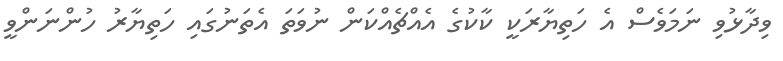
ވިދާޅުވި ނަމަވެސް އެ ހަތިޔާރަކީ ކާކުގެ އެއްޗެއްކަން ނުވަތަ އެތަނުގައި ހަތިޔާރު ހުންނަންވީ